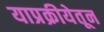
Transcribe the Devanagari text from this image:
याप्रक्रीयेतून